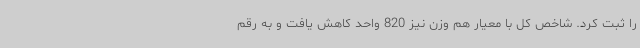
را ثبت کرد. شاخص کل با معیار هم وزن نیز 820 واحد کاهش یافت و به رقم